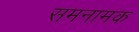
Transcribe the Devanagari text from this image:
समनामक